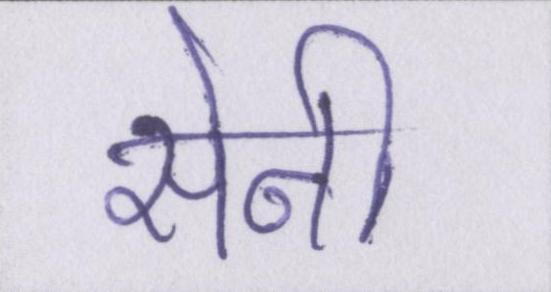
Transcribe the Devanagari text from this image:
सेनी